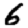
Digit: 6